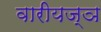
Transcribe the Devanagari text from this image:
वारीयज्ञ